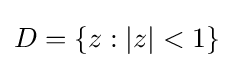
D=\{z:|z|<1\}